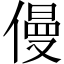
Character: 僈